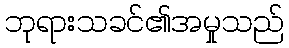
ဘုရားသခင်၏အမှုသည်